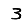
Digit: 3